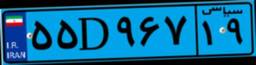
۵۵D۹۶۷۱۹